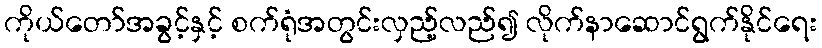
ကိုယ်တော်အခွင့်နှင့် စက်ရုံအတွင်းလှည့်လည်၍ လိုက်နာဆောင်ရွက်နိုင်ရေး